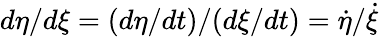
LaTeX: d\eta/d\xi=(d\eta/dt)/(d\xi/dt)=\dot{\eta}/\dot{\xi}